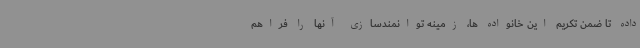
داده تا ضمن تکریم این خانواده ها، زمینه توانمندسازی آنها را فراهم